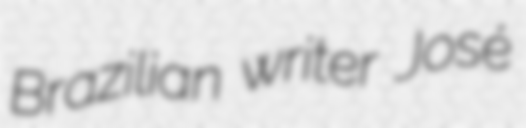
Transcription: Brazilian writer José